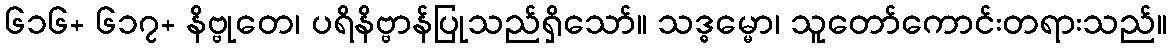
၆၁၆+ ၆၁၇+ နိဗ္ဗုတေ၊ ပရိနိဗ္ဗာန်ပြုသည်ရှိသော်။ သဒ္ဓမ္မော၊ သူတော်ကောင်းတရားသည်။